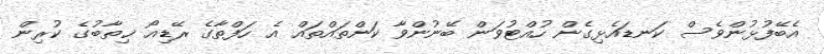
އެބޭފުޅުންވެސް ކަނޑައެޅިގެން ހުއްޓުވަން ބޭނުންވާ ކަންތައްތައް އެ ހަފްތާގެ ރޭޑިއޯ ޚިތާބުގެ ކުރިން